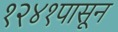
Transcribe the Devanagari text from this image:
१२४१पासून